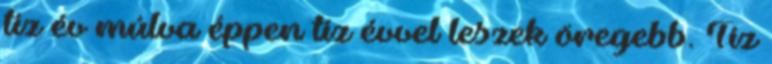
tíz év múlva éppen tíz évvel leszek öregebb. Tíz